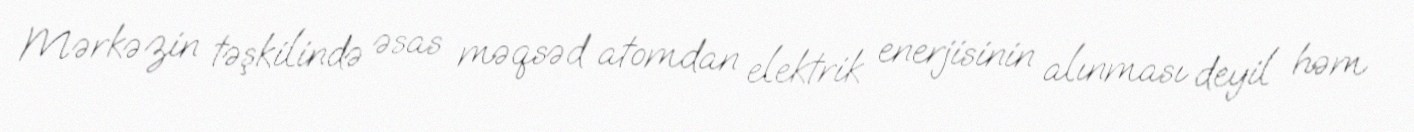
Mərkəzin təşkilində əsas məqsəd atomdan elektrik enerjisinin alınması deyil həm